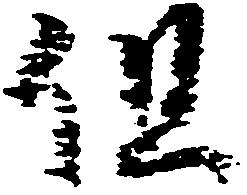
但